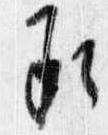
承